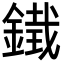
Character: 𮢨